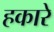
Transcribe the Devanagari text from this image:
हकारे